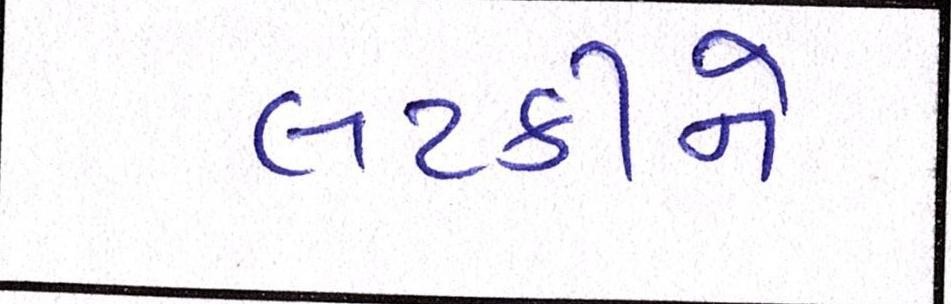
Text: લટકીને